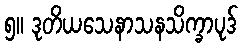
၅။ ဒုတိယသေနာသနသိက္ခာပုဒ်